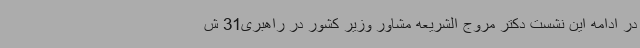
در ادامه این نشست دکتر مروج الشریعه مشاور وزیر کشور در راهبری31 ش